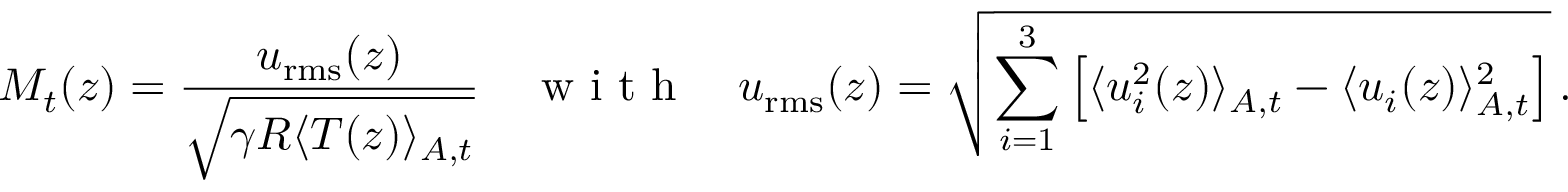
M _ { t } ( z ) = \frac { u _ { \mathrm { r m s } } ( z ) } { \sqrt { \gamma R \langle T ( z ) \rangle _ { A , t } } } \quad \mathrm { ~ w ~ i ~ t ~ h ~ } \quad u _ { \mathrm { r m s } } ( z ) = \sqrt { \sum _ { i = 1 } ^ { 3 } \left[ \langle u _ { i } ^ { 2 } ( z ) \rangle _ { A , t } - \langle u _ { i } ( z ) \rangle _ { A , t } ^ { 2 } \right] } \, .